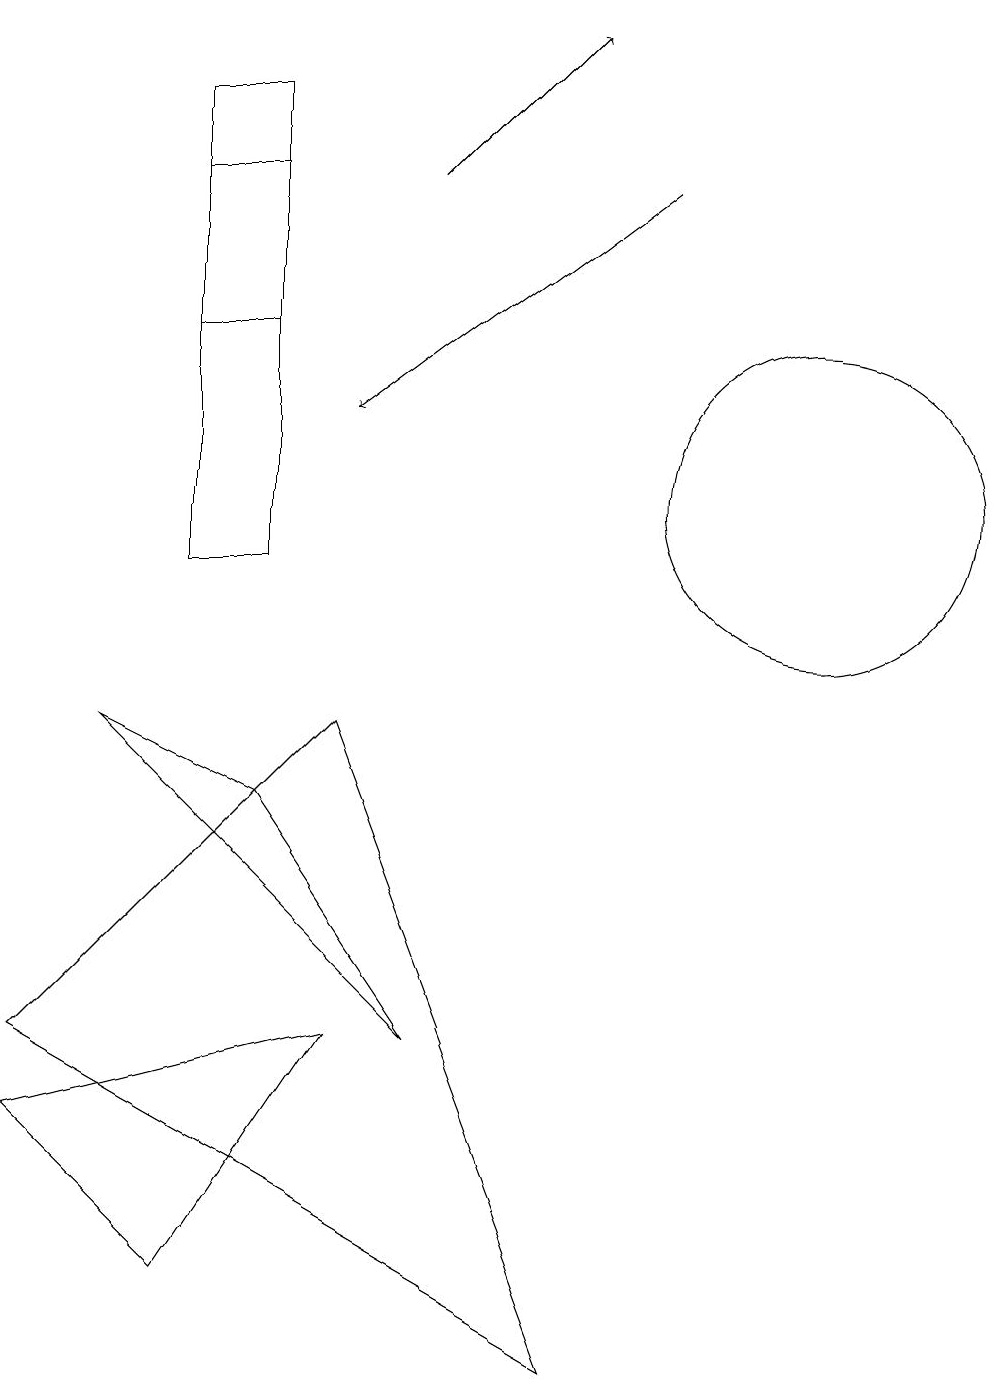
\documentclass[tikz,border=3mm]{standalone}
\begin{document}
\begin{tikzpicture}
\draw (3,10) rectangle (2,16);
\draw[->] (8,15) -- (4,12);
\draw (3,15) rectangle (2,13);
\draw (4,8) -- (0,4) -- (7,0) -- cycle;
\draw (10,11) circle (2);
\draw (5,4) -- (1,8) -- (3,7) -- cycle;
\draw[->] (5,15) -- (7,17);
\draw (0,3) -- (4,4) -- (2,1) -- cycle;
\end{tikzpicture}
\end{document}